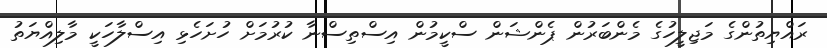
ރައްޔިތުންގެ މަޖިލީހުގެ މެންބަރުން ޕެންޝަން ސްކީމުން އިސްތިސްނާ ކުރުމަށް ހުށަހެޅި އިސްލާހަކީ މާލިއްޔަތު